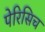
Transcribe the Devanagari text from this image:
पेरिसिच